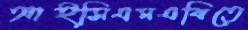
আইসিএমএবিতে